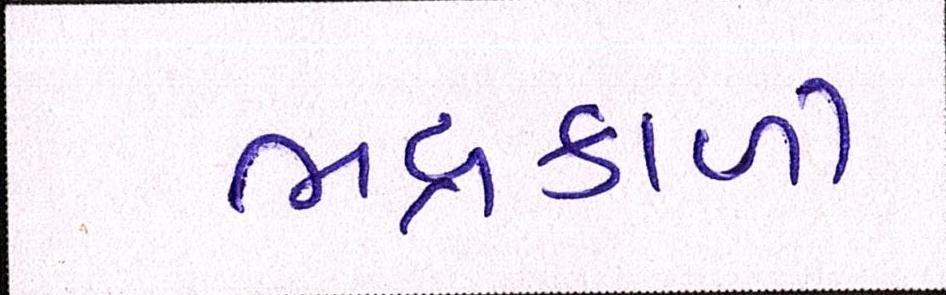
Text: ભદ્રકાળી